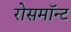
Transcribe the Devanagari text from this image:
रोसमॉन्ट